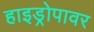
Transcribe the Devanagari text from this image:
हाइड्रोपावर